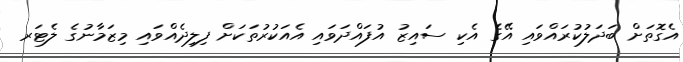
އެގޮތަށް ބަދަލުކުރައްވައި އޭގެ އެކި ސައިޒު އުފައްދަވައި އެއަކުރުތަކަށް ފިލިދެއްވައި މިޒަމާނުގެ ލެޓަރ